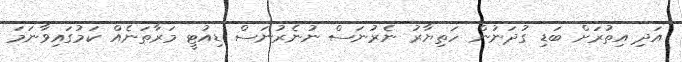
އަދި އިތުރަށް ބަޑި ގުދަނުން ހަތިޔާރު ނެރުނަސް ނުނެރުނަސް ޑިއުޓީ މަރާތަނެއް ކަމުގައިވާނަމަ